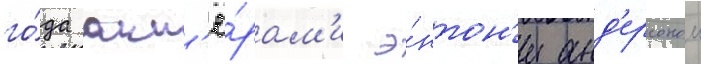
го́да акт'ё́рам'и э́нтон'и анд'ерсоном